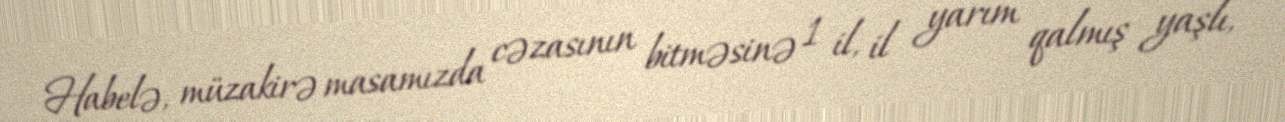
Habelə, müzakirə masamızda cəzasının bitməsinə 1 il, il yarım qalmış yaşlı,